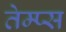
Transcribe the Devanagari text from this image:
तेम्प्स